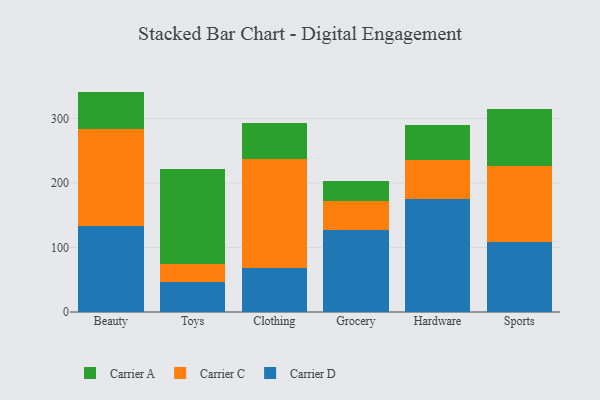
{"axis": {"x": "Category", "y": "Gross Profit (USD K)"}, "legend": ["Carrier A", "Carrier C", "Carrier D"], "data": [{"x": "Beauty", "y": 133.9, "type": "Carrier D"}, {"x": "Beauty", "y": 149.5, "type": "Carrier C"}, {"x": "Beauty", "y": 58.3, "type": "Carrier A"}, {"x": "Toys", "y": 47.2, "type": "Carrier D"}, {"x": "Toys", "y": 27.4, "type": "Carrier C"}, {"x": "Toys", "y": 147.6, "type": "Carrier A"}, {"x": "Clothing", "y": 68.3, "type": "Carrier D"}, {"x": "Clothing", "y": 169.2, "type": "Carrier C"}, {"x": "Clothing", "y": 55.5, "type": "Carrier A"}, {"x": "Grocery", "y": 127.1, "type": "Carrier D"}, {"x": "Grocery", "y": 45.4, "type": "Carrier C"}, {"x": "Grocery", "y": 30.6, "type": "Carrier A"}, {"x": "Hardware", "y": 175.6, "type": "Carrier D"}, {"x": "Hardware", "y": 60.7, "type": "Carrier C"}, {"x": "Hardware", "y": 53.3, "type": "Carrier A"}, {"x": "Sports", "y": 108.3, "type": "Carrier D"}, {"x": "Sports", "y": 118.0, "type": "Carrier C"}, {"x": "Sports", "y": 88.2, "type": "Carrier A"}]}